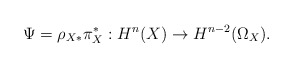
\begin{align*}\Psi=\rho_{X*} \pi_X^*: H^{n}(X)\rightarrow H^{n-2}(\Omega_X).\end{align*}